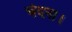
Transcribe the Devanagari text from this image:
चंदना।